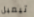
تيمبل